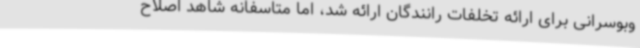
وبوسرانی برای ارائه تخلفات رانندگان ارائه شد، اما متاسفانه شاهد اصلاح